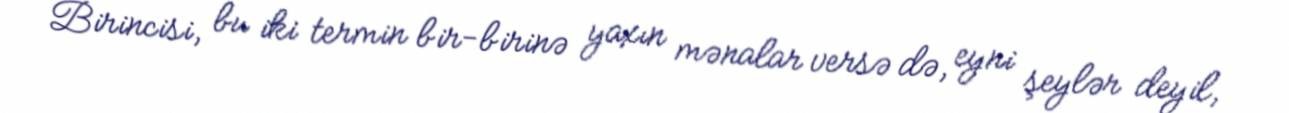
Birincisi, bu iki termin bir-birinə yaxın mənalar versə də, eyni şeylər deyil,